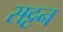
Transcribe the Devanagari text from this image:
सट्टन